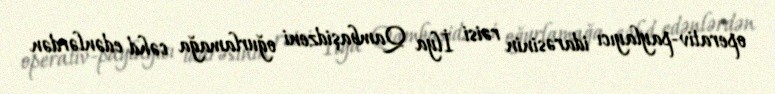
operativ-paylayıcı idarəsinin rəisi İlya Qambaşidzeni oğurlamağa cəhd edənlərdən